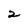
Character: 2